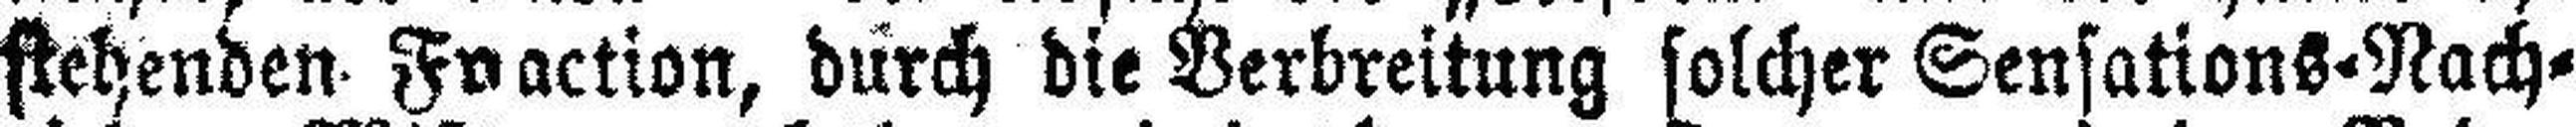
stehenden Fraction, durch die Verbreitung solcher Sensations=Nach¬